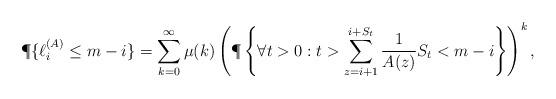
LaTeX: \begin{align*}\P \{ \ell ^{(A)} _i \leq m-i \} = \sum\limits_{k=0}^\infty \mu(k) \left(\P\left\{ \forall t > 0:t > \sum\limits^{i + S _{t} }_{z = i+1 } \frac{1}{A(z)} S _{t} < m-i \right\}\right) ^k,\end{align*}